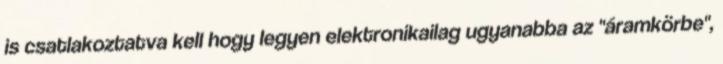
is csatlakoztatva kell hogy legyen elektronikailag ugyanabba az "áramkörbe",